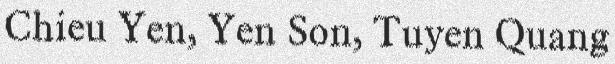
Chieu Yen, Yen Son, Tuyen Quang